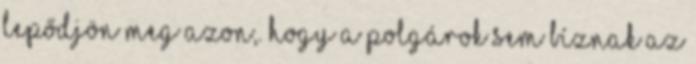
lepődjön meg azon,. hogy a polgárok sem bíznak az